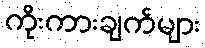
ကိုးကားချက်များ